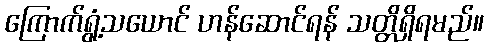
ကြောက်ရွံ့သယောင် ဟန်ဆောင်ရန် သတ္တိရှိရမည်။